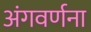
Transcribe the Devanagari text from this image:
अंगवर्णना